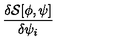
\frac { \delta { \mathcal { S } } [ \phi , \psi ] } { \delta \psi _ { i } }